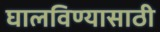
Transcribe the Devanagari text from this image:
घालविण्‍यासाठी